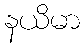
နယိမာ